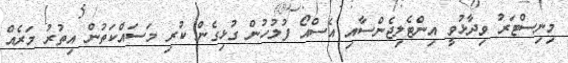
މިނިސްޓަރު ވިދާޅުވީ އިންޓެލިޖެންސާއި އެސްއޯ ފުލުހުން ގުޅިގެން ކުރި މަސައްކަތުން އިތުރު މަރެއް